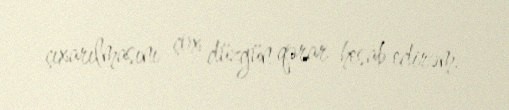
çıxarılmasını çox düzgün qərar hesab edirəm.